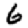
Digit: 6